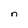
Character: n